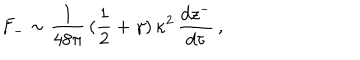
F _ { - } \sim \frac { 1 } { 4 8 \pi } \, ( \frac { 1 } { 2 } + \gamma ) \, \kappa ^ { 2 } \, \frac { d z ^ { - } } { d \tau } \, ,